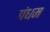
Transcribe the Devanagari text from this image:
गंधम